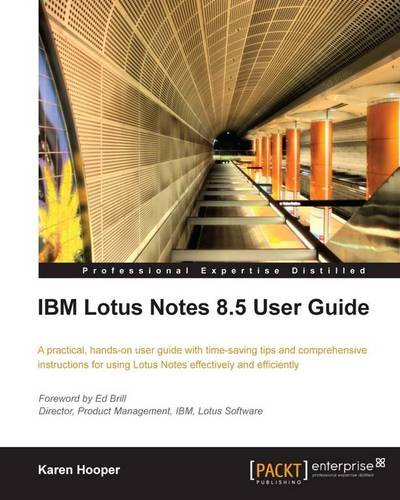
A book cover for IBM Lotus Notes 8.5 User Guide; Karen Hooper; Computers & Technology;